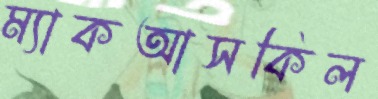
ম্যাকআসকিল